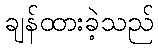
ချန်ထားခဲ့သည်